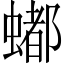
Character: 𬠩